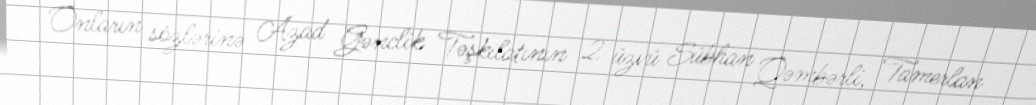
Onların sözlərinə Azad Gənclik Təşkilatının 2 üzvü Sübhan Qəmbərli, Tamerlan